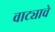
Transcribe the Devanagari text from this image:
वाट्याचे